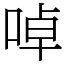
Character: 啅